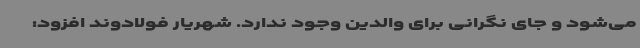
می‌شود و جای نگرانی برای والدین وجود ندارد. شهریار فولادوند افزود: